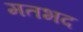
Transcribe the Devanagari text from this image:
मतभद